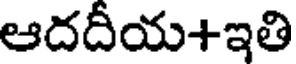
ఆదదీయ+ఇతి